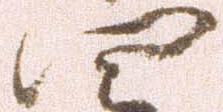
四